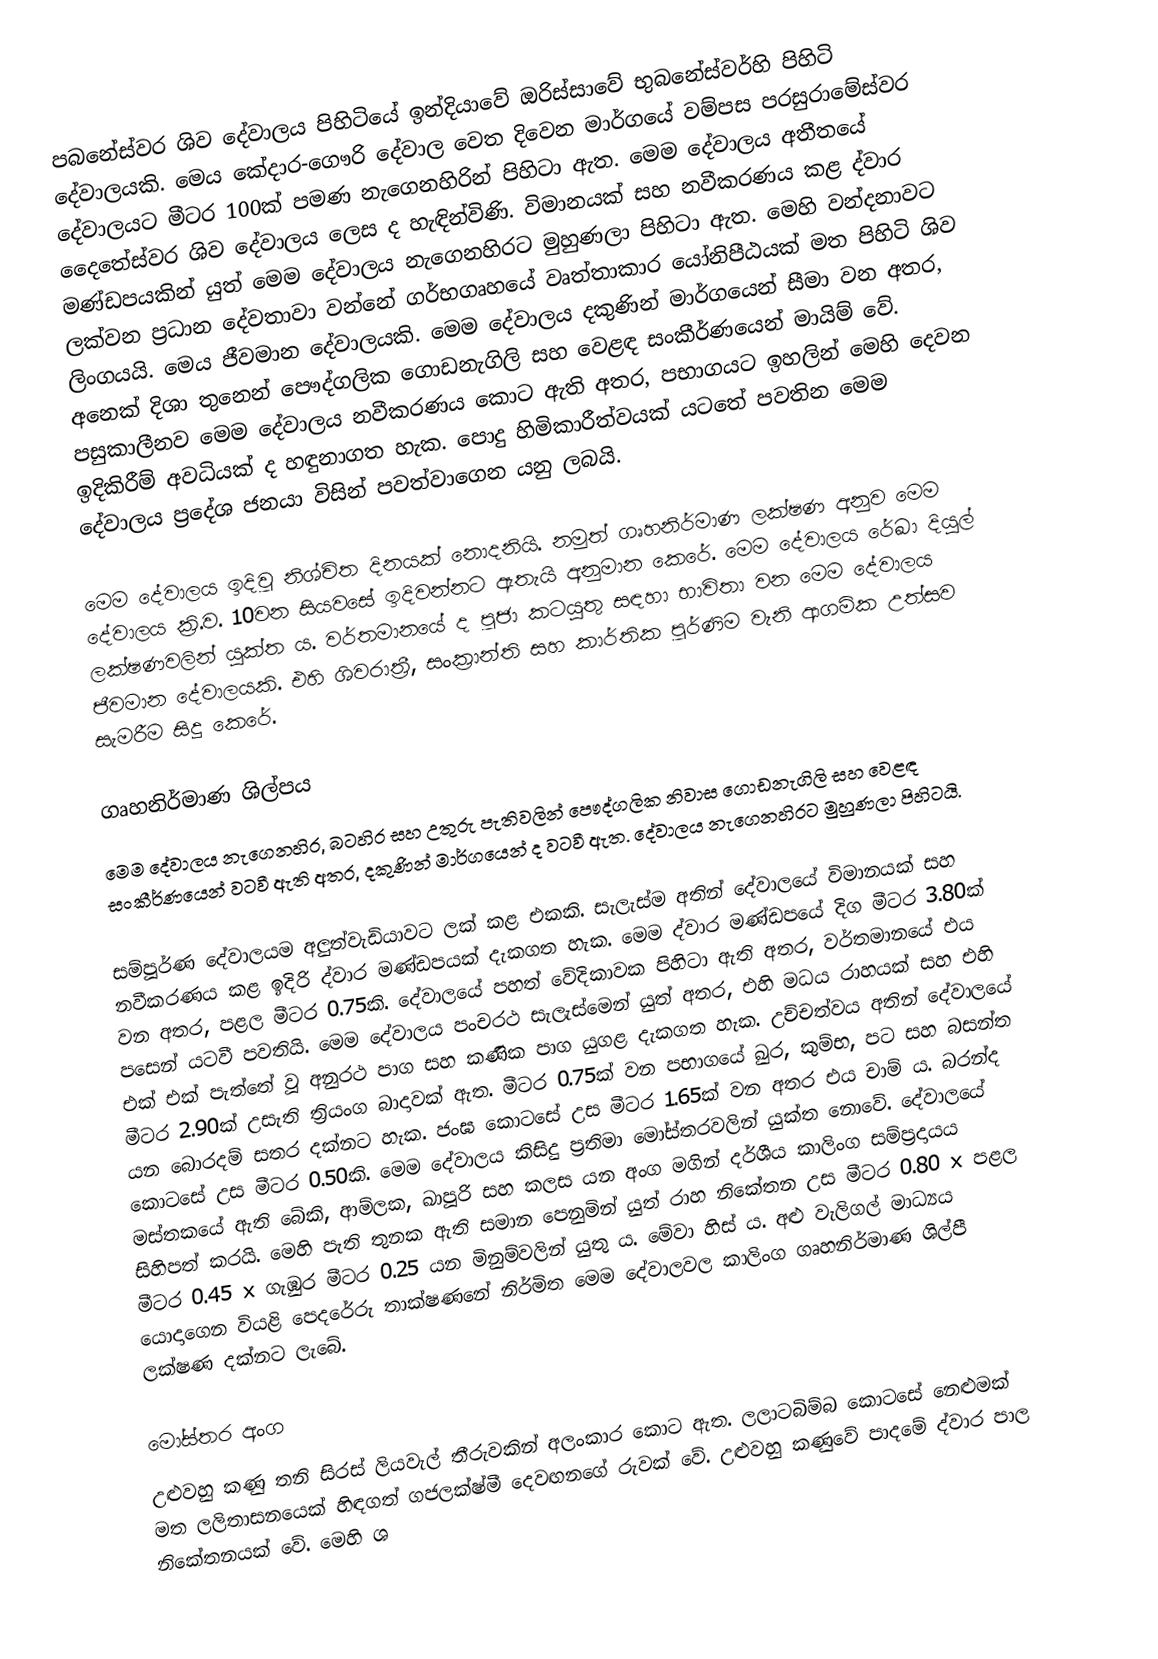
පබනේස්වර ශිව දේවාලය පිහිටියේ ඉන්දියාවේ ඔරිස්සාවේ භුබනේස්වර්හි පිහිටි දේවාලයකි. මෙය කේදාර-ගෞරි දේවාල වෙත දිවෙන මාර්ගයේ වම්පස පරසුරාමේස්වර දේවාලයට මීටර 100ක් පමණ නැගෙනහිරින් පිහිටා ඇත. මෙම දේවාලය අතීතයේ දෛතේස්වර ශිව දේවාලය ලෙස ද හැඳින්විණි. විමානයක් සහ නවීකරණය කළ ද්වාර මණ්ඩපයකින් යුත් මෙම දේවාලය නැගෙනහිරට මුහුණලා පිහිටා ඇත. මෙහි වන්දනාවට ලක්වන ප්‍රධාන දේවතාවා වන්නේ ගර්භගෘහයේ වෘත්තාකාර යෝනිපීඨයක් මත පිහිටි ශිව ලිංගයයි. මෙය ජීවමාන දේවාලයකි. මෙම දේවාලය දකුණින් මාර්ගයෙන් සීමා වන අතර, අනෙක් දිශා තුනෙන් පෞද්ගලික ගොඩනැගිලි සහ වෙළඳ සංකීර්ණයෙන් මායිම් වේ. පසුකාලීනව මෙම දේවාලය නවීකරණය කොට ඇති අතර, පභාගයට ඉහලින් මෙහි දෙවන ඉදිකිරීම් අවධියක් ද හඳුනාගත හැක. පොදු හිමිකාරීත්වයක් යටතේ පවතින මෙම දේවාලය ප්‍රදේශ ජනයා විසින් පවත්වාගෙන යනු ලබයි.

මෙම දේවාලය ඉදිවූ නිශ්චිත දිනයක් නොදනියි. නමුත් ගෘහනිර්මාණ ලක්ෂණ අනුව මෙම දේවාලය ක්‍රි.ව. 10වන සියවසේ ඉදිවන්නට ඇතැයි අනුමාන කෙරේ. මෙම දේවාලය රේඛා දියුල් ලක්ෂණවලින් යුක්ත ය. වර්තමානයේ ද පූජා කටයුතු සඳහා භාවිතා වන මෙම දේවාලය ජීවමාන දේවාලයකි. එහි ශිවරාත්‍රී, සංක්‍රාන්ති සහ කාර්තික පූර්ණිම වැනි ආගමික උත්සව සැමරීම සිදු කෙරේ.

ගෘහනිර්මාණ ශිල්පය
මෙම දේවාලය නැගෙනහිර, බටහිර සහ උතුරු පැතිවලින් පෞද්ගලික නිවාස ගොඩනැගිලි සහ වෙළඳ සංකීර්ණයෙන් වටවී ඇති අතර, දකුණින් මාර්ගයෙන් ද වටවී ඇත. දේවාලය නැගෙනහිරට මුහුණලා පිහිටයි.

සම්පූර්ණ දේවාලයම අලුත්වැඩියාවට ලක් කළ එකකි. සැලැස්ම අතින් දේවාලයේ විමානයක් සහ නවීකරණය කළ ඉදිරි ද්වාර මණ්ඩපයක් දැකගත හැක. මෙම ද්වාර මණ්ඩපයේ දිග මීටර 3.80ක් වන අතර, පළල මීටර 0.75කි. දේවාලයේ පහත් වේදිකාවක පිහිටා ඇති අතර, වර්තමානයේ එය පසෙන් යටවී පවතියි. මෙම දේවාලය පංචරථ සැලැස්මෙන් යුත් අතර, එහි මධය රාහයක් සහ එහි එක් එක් පැත්තේ වූ අනුරථ පාග සහ කණික පාග යුගළ දැකගත හැක. උච්චත්වය අතින් ‍දේවාලයේ මීටර 2.90ක් උසැති ත්‍රියංග බාදාවක් ඇත. මීටර 0.75ක් වන පභාගයේ ඛුර, කුම්භ, පට සහ බසන්ත යන බොරදම් සතර දක්නට හැක. ජංඝ කොටසේ උස මීටර 1.65ක් වන අතර එය චාම් ය. බරන්ද කොටසේ උස මීටර 0.50කි. මෙම දේවාලය කිසිදු ප්‍රතිමා මෝස්තරවලින් යුක්ත නොවේ. දේවාලයේ මස්තකයේ ඇති බේකි, ආම්ලක, ඛාපූරි සහ කලස යන අංග මගින් දර්ශීය කාලිංග සම්ප්‍රදායය සිහිපත් කරයි. මෙහි පැති තුනක ඇති සමාන පෙනුමින් යුත් රාහ නිකේතන උස මීටර 0.80 x පළල මීටර 0.45 x ගැඹුර මීටර 0.25 යන මිනුම්වලින් යුතු ය. මේවා හිස් ය. අළු වැලිගල් මාධ්‍යය යොදාගෙන වියළි පෙදරේරු තාක්ෂණනේ නිර්මිත මෙම දේවාලවල කාලිංග ගෘහනිර්මාණ ශිල්පී ලක්ෂණ දක්නට ලැබේ.

මෝස්තර අංග
උළුවහු කණු තනි සිරස් ලියවැල් තීරුවකින් අලංකාර කොට ඇත. ලලාටබිම්බ කොටසේ නෙළුමක් මත ලලිතාසනයෙක් හිඳගත් ගජලක්ෂ්මී දෙවඟනගේ රුවක් වේ. උළුවහු කණුවේ පාදමේ ද්වාර පාල නිකේතනයක් වේ. මෙහි ශ